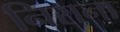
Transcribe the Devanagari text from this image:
निराना